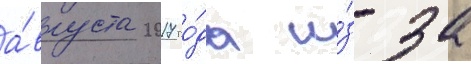
а́вгуста 2017 го́да и́з-за